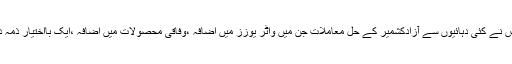
یہ اعزاز مسلم لیگ ن کی حکومت کو جاتا ہے کہ جس نے کئی دہائیوں سے آزادکشمیر کے حل معاملات جن میں واٹر یوزز میں اضافہ ،وفاقی محصولات میں اضافہ ،ایک بااختیار ذمہ دار حکومت کے قیام کے لیے عملی اقدامات اٹھائے ۔